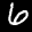
Label: 6